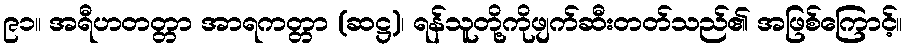
၉၁။ အရီဟတတ္တာ အာရကတ္တာ (ဆဋ္ဌ)၊ ရန်သူတို့ကိုဖျက်ဆီးတတ်သည်၏ အဖြစ်ကြောင့်။